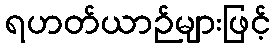
ရဟတ်ယာဉ်များဖြင့်